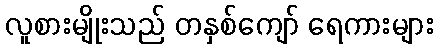
လူစားမျိုးသည် တနှစ်ကျော် ရေကားများ